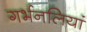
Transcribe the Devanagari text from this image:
गर्भनलियां